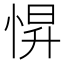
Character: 𢛿